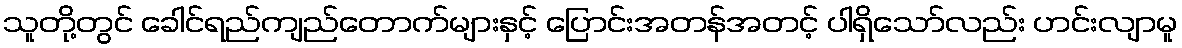
သူတို့တွင် ခေါင်ရည်ကျည်တောက်များနှင့် ပြောင်းအတန်အတင့် ပါရှိသော်လည်း ဟင်းလျာမူ